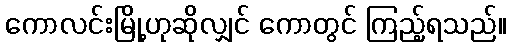
ကောလင်းမြို့ဟုဆိုလျှင် ကောတွင် ကြည့်ရသည်။